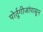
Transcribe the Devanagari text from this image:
पोर्तुगीजांपासून